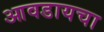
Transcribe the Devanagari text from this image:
आवडायचा